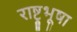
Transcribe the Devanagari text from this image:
राष्ट्रभूषा